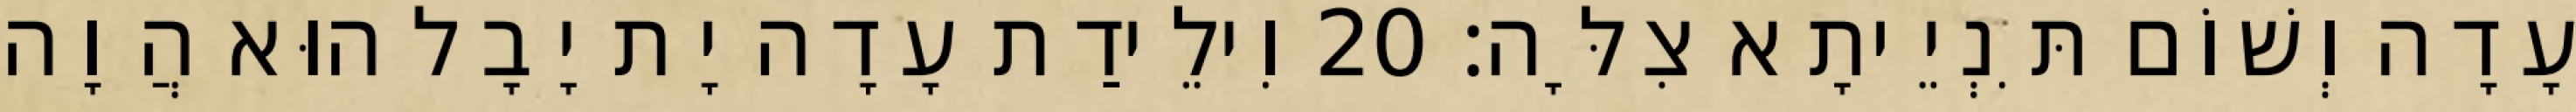
עָדָה וְשׁוֹם תִּנְיֵיתָא צִלָּה׃ 20 וִילֵידַת עָדָה יָת יָבָל הוּא הֲוָה